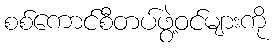
စစ်ကောင်စီတပ်ဖွဲ့ဝင်များကို